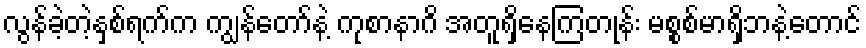
လွန်ခဲ့တဲ့နှစ်ရက်က ကျွန်တော်နဲ့ ကုစာနာဂိ အတူရှိနေကြတုန်း မစ္စစ်မာရှိဘနဲ့တောင်